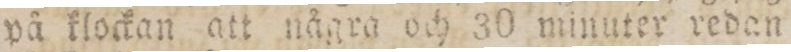
på klockan att några och 30 minuter redan